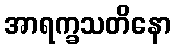
အာရက္ခသတိနော